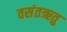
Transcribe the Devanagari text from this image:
वसंतऋतु